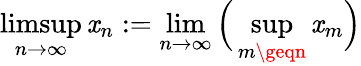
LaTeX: \operatorname*{limsup}_{n\to\infty}\mathit{x}_{n}:=\operatorname*{lim}_{n\to\infty}{\Big(}\operatorname*{sup}_{m\geqn}\mathit{x}_{m}{\Big)}